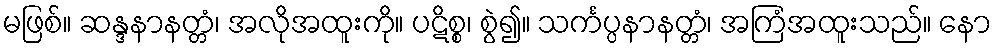
မဖြစ်။ ဆန္ဒနာနတ္တံ၊ အလိုအထူးကို။ ပဋိစ္စ၊ စွဲ၍။ သင်္ကပ္ပနာနတ္တံ၊ အကြံအထူးသည်။ နော